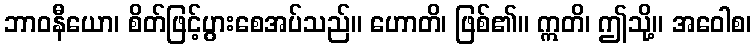
ဘာဝနီယော၊ စိတ်ဖြင့်ပွားစေအပ်သည်။ ဟောတိ၊ ဖြစ်၏။ ဣတိ၊ ဤသို့။ အဝေါစ၊